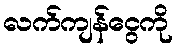
လက်ကျန်ငွေကို